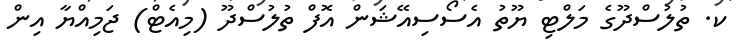
ކ. ތުލުސްދޫގެ މަލްޓި ޔޫތު އެސޯސިއޭޝަން އޮފް ތުލުސްދޫ (މިއެޓް) ޖަމިއްޔާ އިން